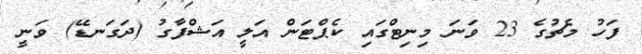
ފަހު މެޗުގެ 23 ވަނަ މިނިޓްގައި ކެޕްޓަން އަލީ އަޝްފާގު (ދަގަނޑޭ) ވަނީ